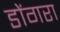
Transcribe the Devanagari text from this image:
डोंगरा